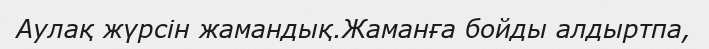
Аулақ жүрсін жамандық.Жаманға бойды алдыртпа,